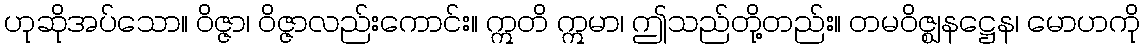
ဟုဆိုအပ်သော။ ဝိဇ္ဇာ၊ ဝိဇ္ဇာလည်းကောင်း။ ဣတိ ဣမာ၊ ဤသည်တို့တည်း။ တမဝိဇ္ဈနဋ္ဌေန၊ မောဟကို